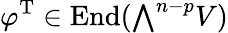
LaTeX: \varphi^{\mathrm{T}}\in\operatorname{End}({\textstyle\bigwedge}^{n-p}V)